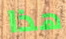
هذا